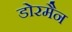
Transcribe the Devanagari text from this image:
डोरमैन